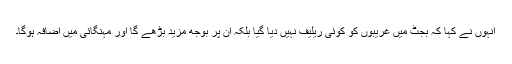
انہوں نے کہا کہ بجٹ میں غریبوں کو کوئی ریلیف نہیں دیا گیا بلکہ ان پر بوجھ مزید بڑھے گا اور مہنگائی میں اضافہ ہوگا۔